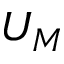
U _ { M }